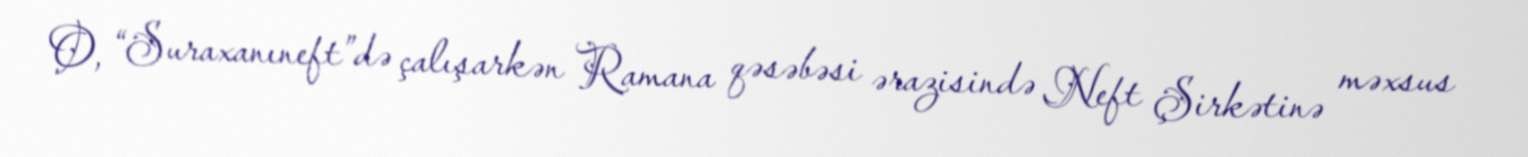
O, “Suraxanıneft”də çalışarkən Ramana qəsəbəsi ərazisində Neft Şirkətinə məxsus